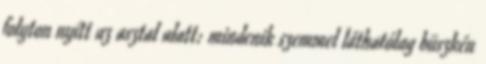
folyton nyítt az asztal alatt: mindenik szemmel láthatólag büszkén